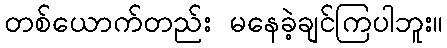
တစ်ယောက်တည်း မနေခဲ့ချင်ကြပါဘူး။